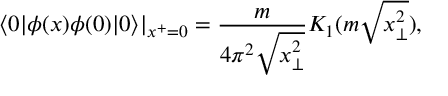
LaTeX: \left. \langle 0 | \phi ( x ) \phi ( 0 ) | 0 \rangle \right| _ { x ^ { + } = 0 } = \frac { m } { 4 \pi ^ { 2 } \sqrt { x _ { \bot } ^ { 2 } } } K _ { 1 } ( m \sqrt { x _ { \bot } ^ { 2 } } ) ,